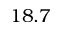
1 8 . 7